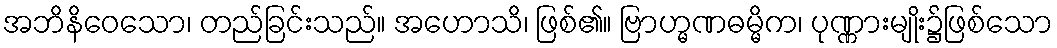
အဘိနိဝေသော၊ တည်ခြင်းသည်။ အဟောသိ၊ ဖြစ်၏။ ဗြာဟ္မဏဓမ္မိက၊ ပုဏ္ဏားမျိုး၌ဖြစ်သော